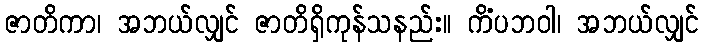
ဇာတိကာ၊ အဘယ်လျှင် ဇာတိရှိကုန်သနည်း။ ကိံပဘဝါ၊ အဘယ်လျှင်